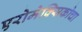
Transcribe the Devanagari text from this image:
एरोमेक्सिकोचा